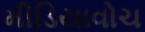
મીડિયાવોચ